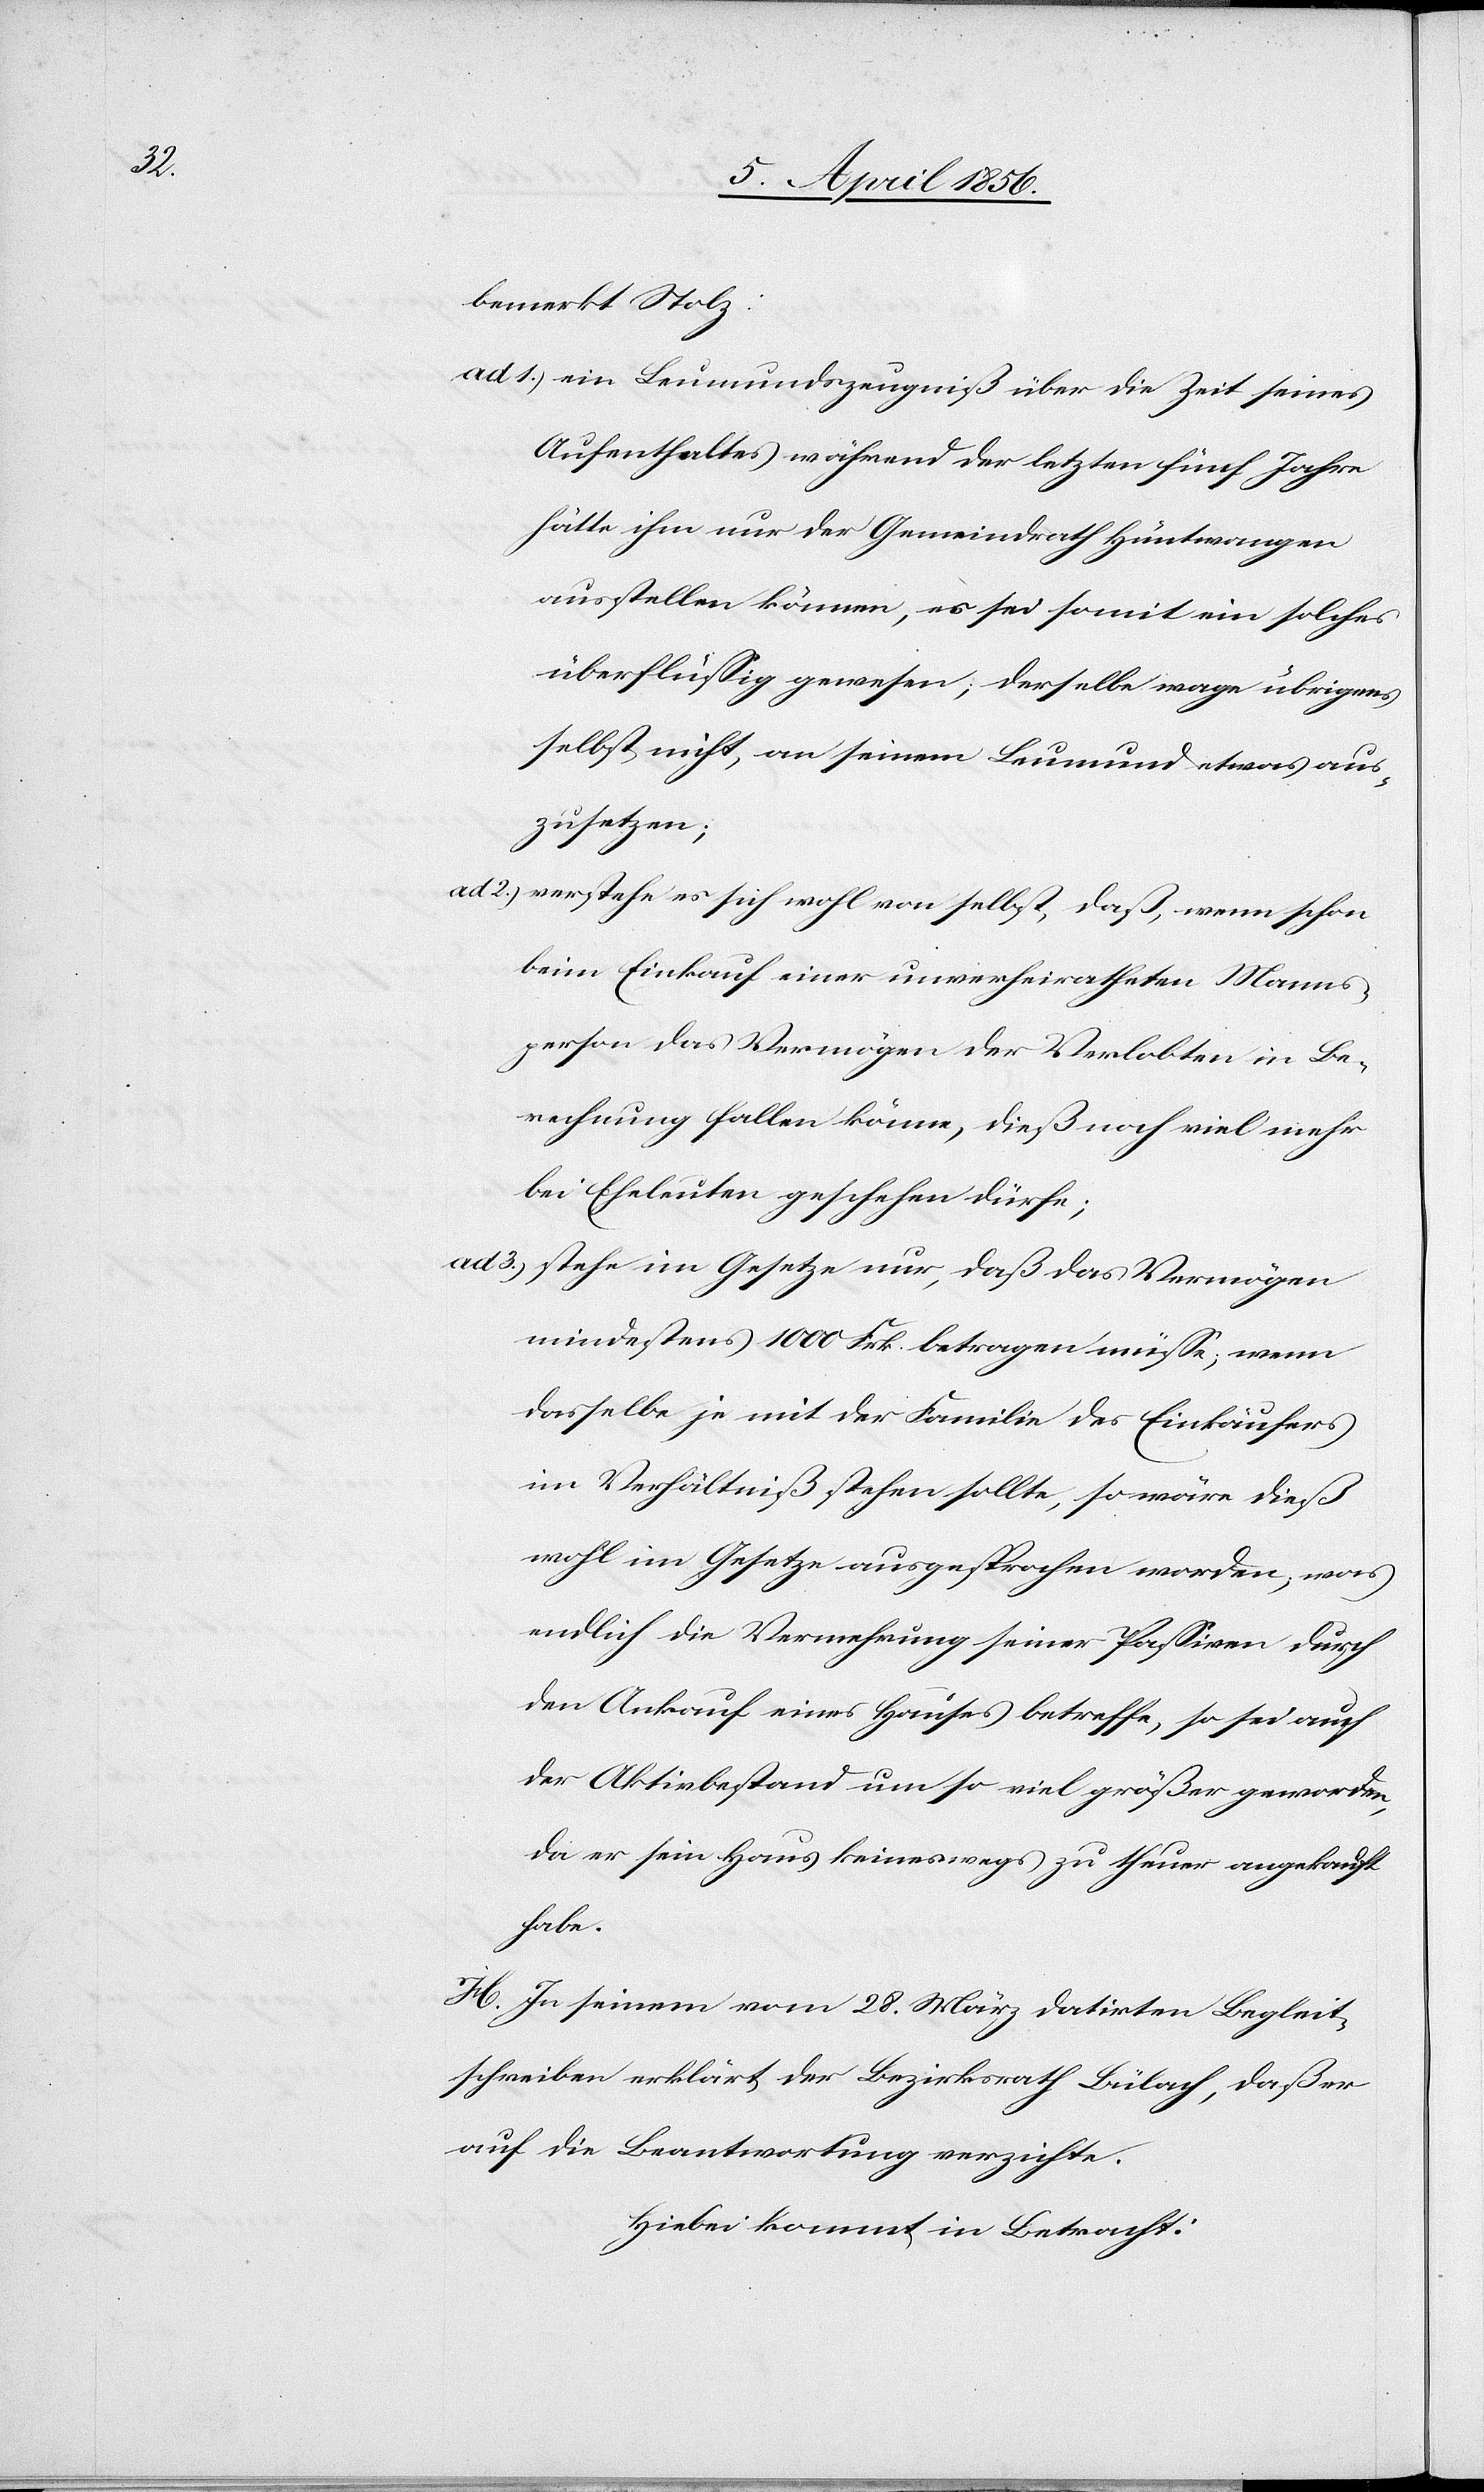
bemerkt Stolz:
ad 1.) ein Leumundszeugniß über die Zeit seines
Aufenthaltes während der letzten fünf Jahre
hätte ihm nur der Gemeindrath Hüntwangen
ausstellen können, es sei somit ein solches
überflüssig gewesen; derselbe wage übrigens
selbst nicht, an seinem Leumund etwas aus¬
zusetzen;
ad 2.) verstehe es sich wohl von selbst, daß, wenn schon
beim Einkauf einer unverheiratheten Manns¬
person das Vermögen der Verlobten in Be¬
rechnung fallen könne, dieß noch viel mehr
bei Eheleuten geschehen dürfe;
ad 3.) stehe im Gesetze nur, daß das Vermögen
mindestens 1000 Frk. betragen müsse; wenn
dasselbe je mit der Familie des Einkäufers
im Verhältnis stehen sollte, so wäre dieß
wohl im Gesetze ausgesprochen worden; was
endlich die Vermehrung seiner Passiven durch
den Ankauf eines Hauses betreffe, so sei auch
der Aktivbestand um so viel größer geworden,
da er sein Haus keineswegs zu theuer angekauft
habe.
H. In seinem vom 28. März datirten Begleit¬
schreiben erklärt der Bezirksrath Bülach, daß er
auf die Beantwortung verzichte.
Hiebei kommt in Betracht: